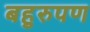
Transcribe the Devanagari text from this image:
बहुरुपण